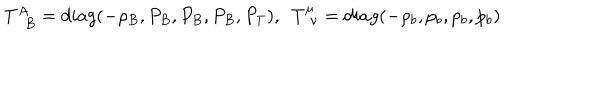
T _ { \phantom { A } B } ^ { A } = d i a g ( - \rho _ { B } , P _ { B } , P _ { B } , P _ { B } , P _ { T } ) , ~ ~ T _ { \phantom { \mu } \nu } ^ { \mu } = d i a g ( - \rho _ { b } , p _ { b } , p _ { b } , p _ { b } )